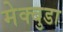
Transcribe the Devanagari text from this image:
मेक्बुडा